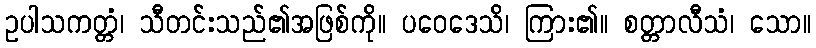
ဥပါသကတ္တံ၊ သီတင်းသည်၏အဖြစ်ကို။ ပဝေဒေသိ၊ ကြား၏။ စတ္တာလီသံ၊ သော။